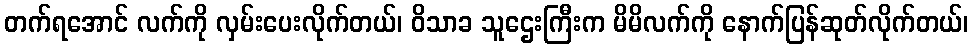
တက်ရအောင် လက်ကို လှမ်းပေးလိုက်တယ်၊ ဝိသာခ သူဌေးကြီးက မိမိလက်ကို နောက်ပြန်ဆုတ်လိုက်တယ်၊